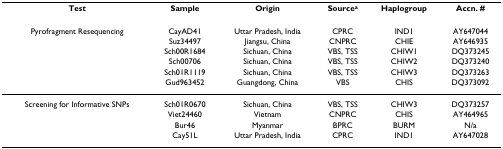
| Test | Sample | Origin | Sourcea | Haplogroup | Accn. # |
 | --- | --- | --- | --- | --- | --- |
 | Pyrofragment Resequencing | CayAD41 | Uttar Pradesh, India | CPRC | IND1 | AY647044 |
 |  | Suz34497 | Jiangsu, China | CNPRC | CHIE | AY646935 |
 |  | Sch00R1684 | Sichuan, China | VBS, TSS | CHIW1 | DQ373245 |
 |  | Sch00706 | Sichuan, China | VBS, TSS | CHIW2 | DQ373240 |
 |  | Sch01R1119 | Sichuan, China | VBS, TSS | CHIW3 | DQ373263 |
 |  | Gud963452 | Guangdong, China | VBS | CHIS | DQ373092 |
 | Screening for Informative SNPs | Sch01R0670 | Sichuan, China | VBS, TSS | CHIW3 | DQ373257 |
 |  | Viet24460 | Vietnam | CNPRC | CHIS | AY464965 |
 |  | Bur46 | Myanmar | BPRC | BURM | N/a |
 |  | Cay51L | Uttar Pradesh, India | CPRC | IND1 | AY647028 |